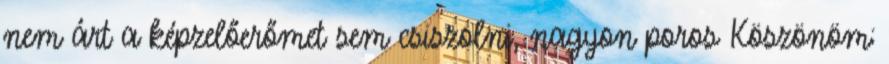
nem árt a képzelőerőmet sem csiszolni, nagyon poros Köszönöm: